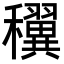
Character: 𥤌